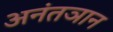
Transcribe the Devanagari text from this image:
अनंतञान